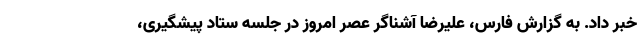
خبر داد. به گزارش فارس، علیرضا آشناگر عصر امروز در جلسه ستاد پیشگیری،